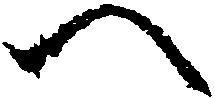
へ